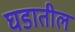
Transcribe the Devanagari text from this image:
घडातील